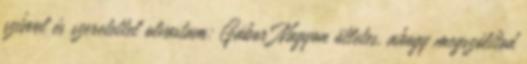
szívvel és szeretettel olvastam: Gábor Nagyon ötletes, ahogy megszólítod